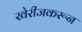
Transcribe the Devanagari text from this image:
खेरीजकरून